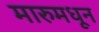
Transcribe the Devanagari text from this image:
मारुमधून